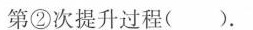
第②次提升过程( )。